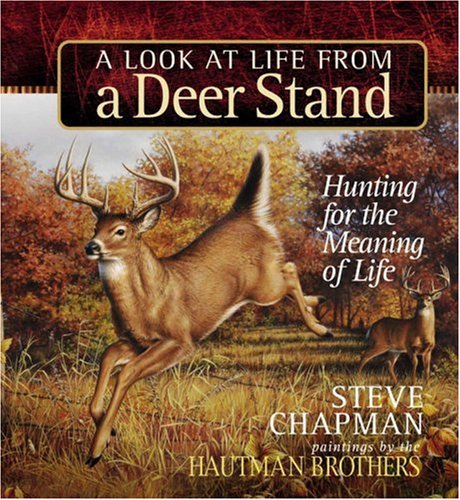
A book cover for A Look at Life from a Deer Stand Gift Edition: Hunting for the Meaning of Life (Chapman, Steve); Steve Chapman; Sports & Outdoors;